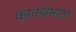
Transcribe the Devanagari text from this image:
कातडीसाठी